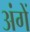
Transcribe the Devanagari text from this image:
अंगें